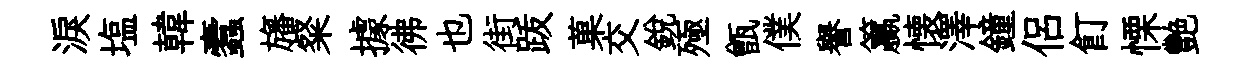
淚塩韓蠧旛粲據彿也街䟦菓交銳殛甑僕譽籯懐澤鐘侶飣慄艷